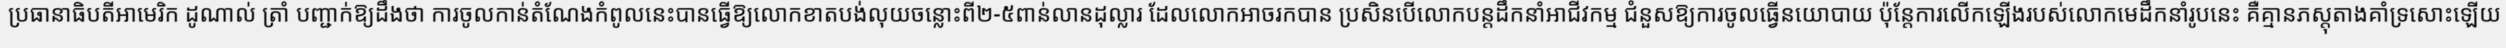
ប្រធានាធិបតីអាមេរិក ដូណាល់ ត្រាំ បញ្ជាក់ឱ្យដឹងថា ការចូលកាន់តំណែងកំពូលនេះបានធ្វើឱ្យលោកខាតបង់លុយចន្លោះពី២-៥ពាន់លានដុល្លារ ដែលលោកអាចរកបាន ប្រសិនបើលោកបន្តដឹកនាំអាជីវកម្ម ជំនួសឱ្យការចូលធ្វើនយោបាយ ប៉ុន្តែការលើកឡើងរបស់លោកមេដឹកនាំរូបនេះ គឺគ្មានភស្តុតាងគាំទ្រសោះឡើយ